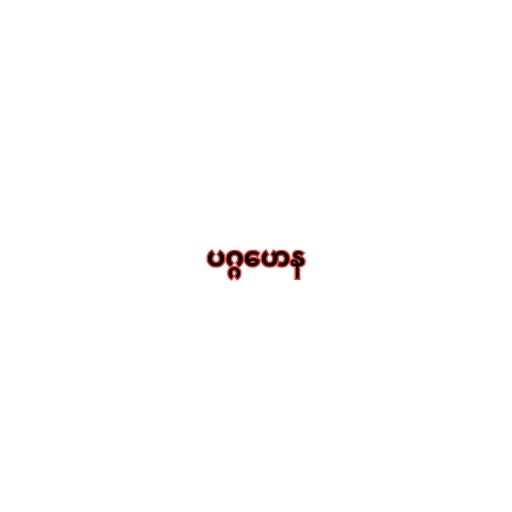
ပဂ္ဂဟေန